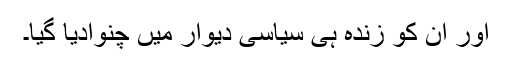
اور ان کو زندہ ہی سیاسی دیوار میں چُنوادیا گیا۔